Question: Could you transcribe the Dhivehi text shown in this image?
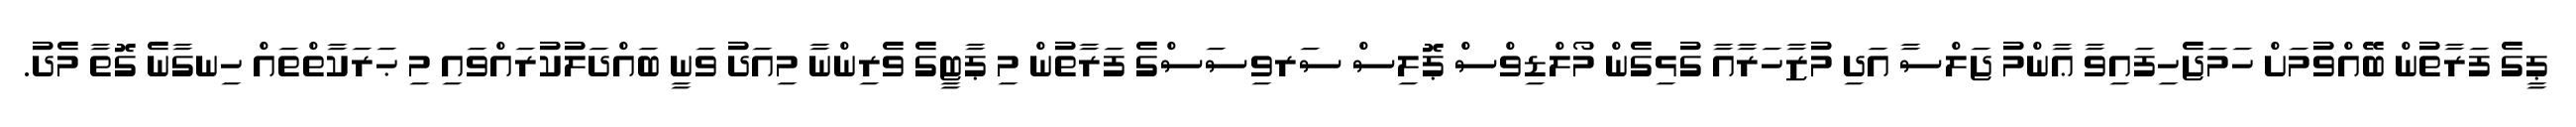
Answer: ޕީގެ ފަރާތުން ބޭއްވުމަށް ހަމަޖެހިފައިވާ ޢާންމު ޖަލްސާ އަދި މުޒާހަރާއާ ގުޅިގެން މޯލްޑިވްސް ޕޮލިސް ސަރވިސަސްގެ ފަރާތުން މި ޕާޓީގެ ވެރިންނާ މިއަދު ވަނީ ބައްދަލުކުރައްވައި މި ޙަރަކާތްތައް ހިނގާނެ ގޮތާ މެދު.